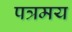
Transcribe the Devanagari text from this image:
पत्रमय